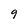
Character: 9